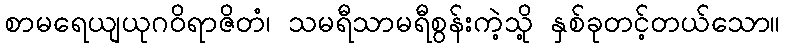
စာမရေယျယုဂဝိရာဇိတံ၊ သမရီသာမရီစွန်းကဲ့သို့ နှစ်ခုတင့်တယ်သော။